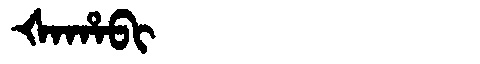
Manchu: ᡧᠠᡥᠠᠪᡳ
Romanization: ŠAHABI